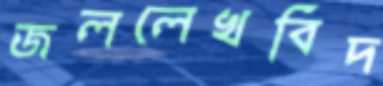
জললেখবিদ